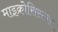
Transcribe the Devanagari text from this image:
माइक्रोसिस्टस